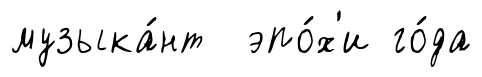
музыка́нт эпо́х'и го́да